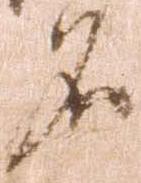
名